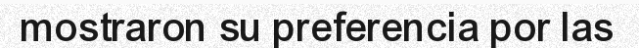
mostraron su preferencia por las